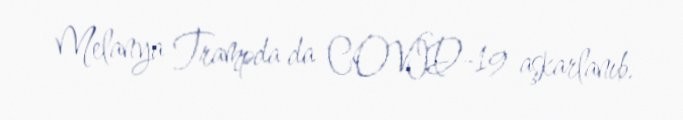
Melanya Trampda da COVID-19 aşkarlanıb.